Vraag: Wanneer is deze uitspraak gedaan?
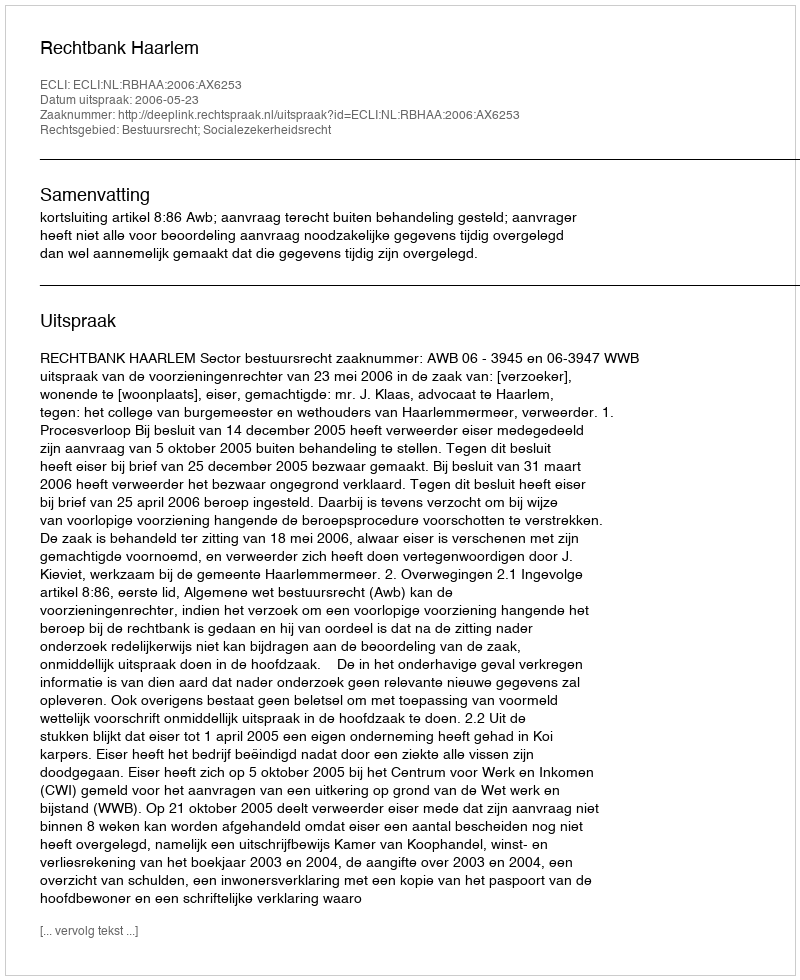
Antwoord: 2006-05-23